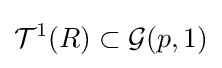
{\mathcal {T}}^{1}(R)\subset {\mathcal {G}}(p,1)